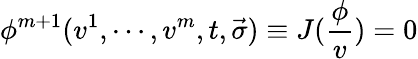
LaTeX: \phi^{m+1}(v^{1},\cdots,v^{m},t,\vec{\sigma})\equiv J(\frac\phi v)=0